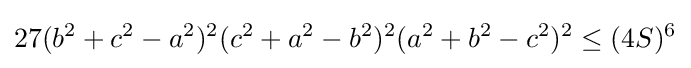
27(b^{2}+c^{2}-a^{2})^{2}(c^{2}+a^{2}-b^{2})^{2}(a^{2}+b^{2}-c^{2})^{2}\leq (4S)^{6}